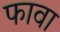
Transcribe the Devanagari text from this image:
फावा